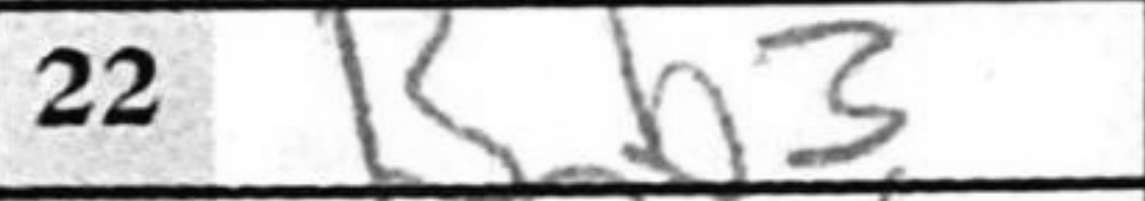
Transcription: Bb3